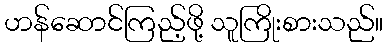
ဟန်ဆောင်ကြည့်ဖို့ သူကြိုးစားသည်။